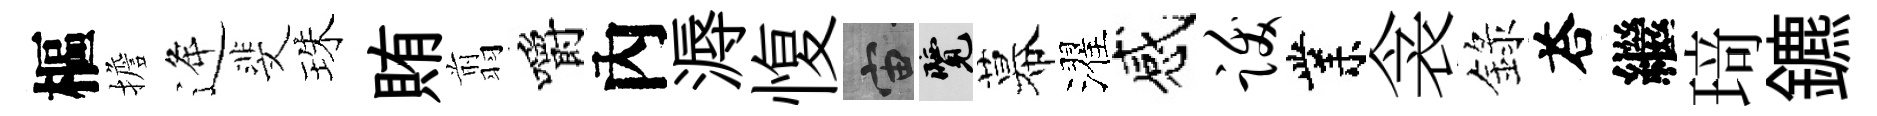
樞擔逄斐珠賄翦嚼內溽愎宙覽幕濯感跋業衾錄荅繼𤦺鑣